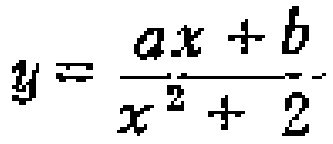
$y=\frac{ax + b}{x^{2}+ 2}$